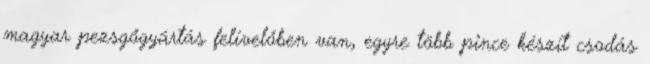
magyar pezsgőgyártás felívelőben van, egyre több pince készít csodás